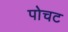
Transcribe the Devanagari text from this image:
पोचट